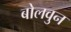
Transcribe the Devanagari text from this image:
बोलवुन